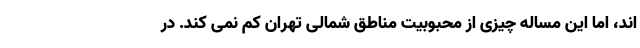
اند، اما این مساله چیزی از محبوبیت مناطق شمالی تهران کم نمی کند. در